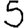
Digit: 5